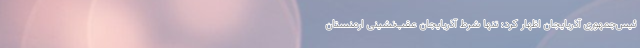
ئیس‌جمهوری آذربایجان اظهار کرد: تنها شرط آذربایجان عقب‌نشینی ارمنستان